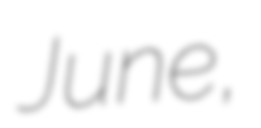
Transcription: June,